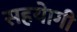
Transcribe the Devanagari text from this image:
सहयाेगी